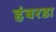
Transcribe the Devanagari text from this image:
हंबरडा